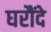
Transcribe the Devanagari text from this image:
घरौंदे